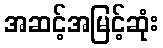
အဆင့်အမြင့်ဆုံး